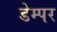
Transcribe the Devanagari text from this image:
डेम्पर